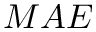
M A E